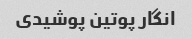
انگار پوتین پوشیدی